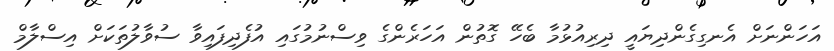
އަހަންނަށް އެނގިގެންދިޔައީ ދިރިއުޅުމާ ބެހޭ ގޮތުން އަހަރެންގެ ވިސްނުމުގައި އުފެދިފައިވާ ސުވާލުތަކަށް އިސްލާމް